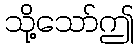
သို့သော်ဤ